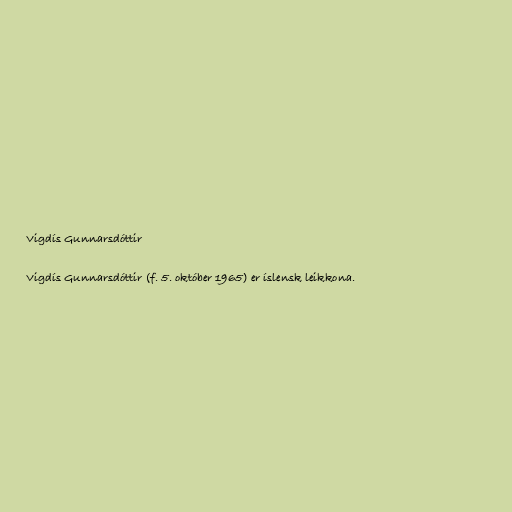
Vigdís Gunnarsdóttir

Vigdís Gunnarsdóttir (f. 5. október 1965) er íslensk leikkona.